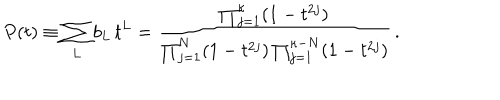
P ( t ) \equiv \sum _ { L } b _ { L } \, t ^ { L } = \frac { \prod _ { j = 1 } ^ { \kappa } ( 1 - t ^ { 2 j } ) } { \prod _ { j = 1 } ^ { N } ( 1 - t ^ { 2 j } ) \prod _ { j = 1 } ^ { \kappa - N } ( 1 - t ^ { 2 j } ) } \, .